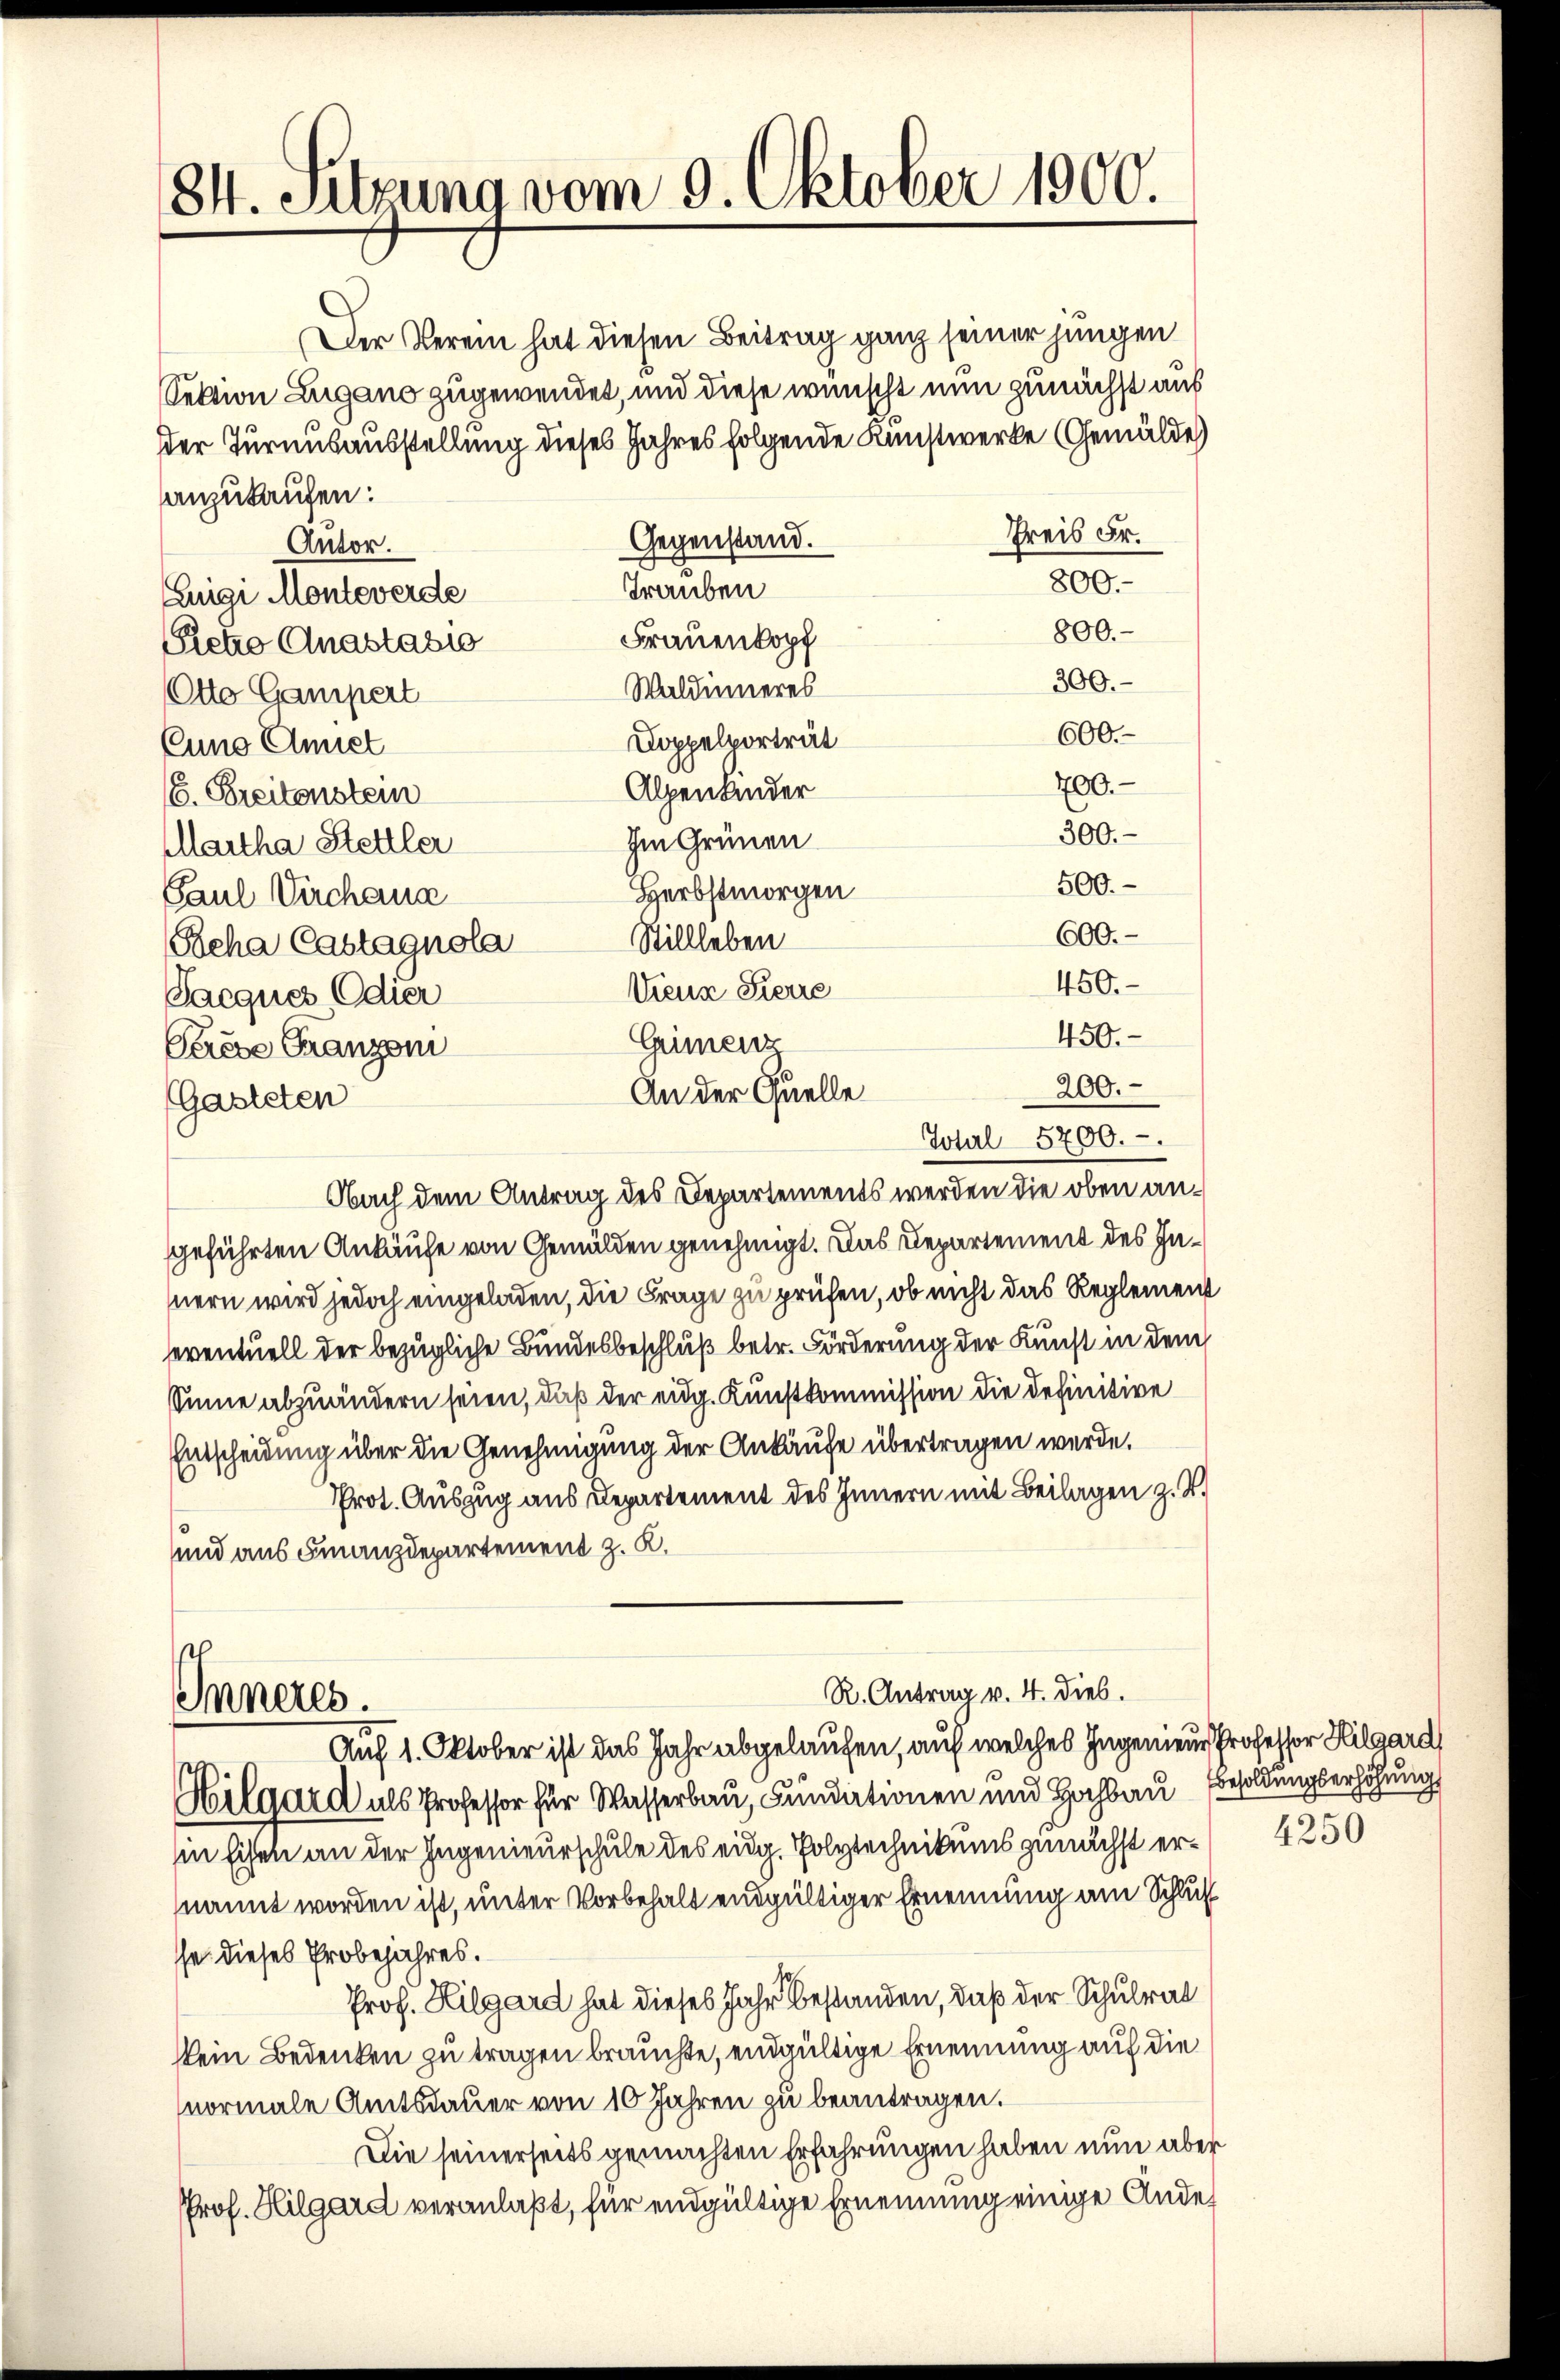
84. Sitzung vom 9. Oktober 1900.

Der Verein hat diesen Beitrag ganz seiner jungen
Sektion Zugano zugewendet, und diese wünscht nun zunächst aus
der Turnusausstellung dieses Jahres folgende Kunstwerke Gemälde
anzukaufen:
Preis Fr.
Gegenstand.
Autor.
800.
Trauben
Luigi Monteverde
800.
Frauenkopf
Pietro Anastasio
300.
Waldinneres
Otto Gampert
600.
Doppelporträt
Euno Eniel
700.-
Alpenkinder
6. Breitenstein
300.
Im Grünen
Martha Stettler
500.
Herbstmorgen
Paul Virchaus
600.
Stillleben
Peha Castagnola
450.
Vienz Sierre
Sacques Odier
450.
Cerese Franzoni
200.
(Gasteten
Obach dem Antrag des Departements werden die oben angeführten Ankäufe von Gemälden genehmigt. Das Departement des Innern wird jedoch eingeladen, die Frage zu prüfen, ob nicht das Reglement
eventuell der bezügliche Bundesbeschluß betr. Förderung der Kunst in dem
Sinne abzuändern seien, daß der eidg. Kunstkommission die definitive
Entscheidung über die Genehmigung der Ankäufe übertragen werde.
Prot. Auszug aus Departement des Innern mit Beilagen z. B.
und aus Finanzdepartement z. K.
R. Antrag v. 4. Dieb.
Inneres.
Auf 1. Oktober ist das Jahr abgelaufen, auf welches Ingenieur Professor Hilgard
Hilgard als Professor für Wasserbau, Fundationen und Hochbau, Besoldungserhöhung
in Eichen an der Ingenieurschule des eidg. Polytechnikums zunächst ernannt worden ist, unter Vorbehalt endgültiger Ernennung am Schluß
se dieses Probejahres.
Prof. Hilgard hat dieses Jahr bestanden, daß der Schulrat
kein Bedenken zu tragen brauchte, endgültige Ernennung auf die
normale Amtsdauer von 10 Jahren zu beantragen.
Die seinerseits gemachten Erfahrungen haben nun aber
Prof. Hilgard veranlaßt, für endgültige Ernennung einige Ande¬

Grimenz
An der Quelle
Total 5200.

4250